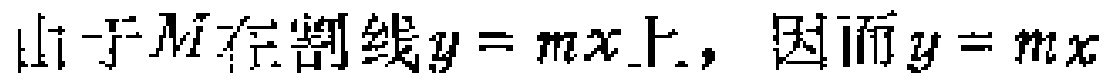
由于$M$在割线$y = mx$上，因而$y = mx$